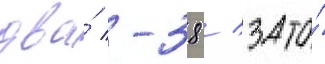
два́ -38 / зато́